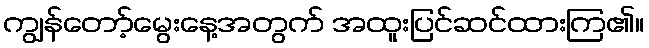
ကျွန်တော့်မွေးနေ့အတွက် အထူးပြင်ဆင်ထားကြ၏။